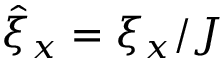
\hat { \xi } _ { x } = \xi _ { x } / J